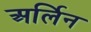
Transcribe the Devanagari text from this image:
अर्लिन